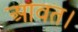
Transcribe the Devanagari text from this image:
आवत।